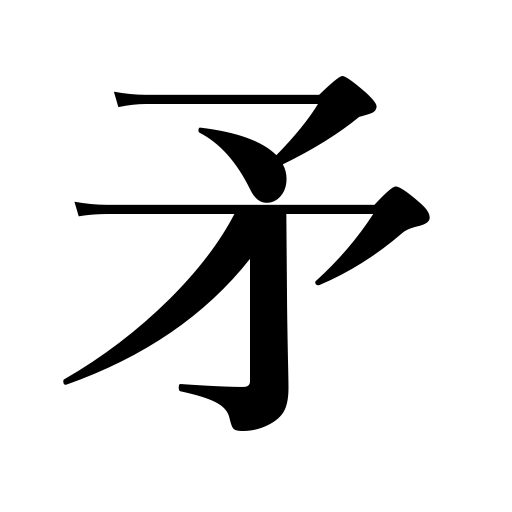
Meanings: festival car,arms,halberd,float